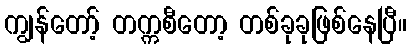
ကျွန်တော့် တက္ကစီတော့ တစ်ခုခုဖြစ်နေပြီ။